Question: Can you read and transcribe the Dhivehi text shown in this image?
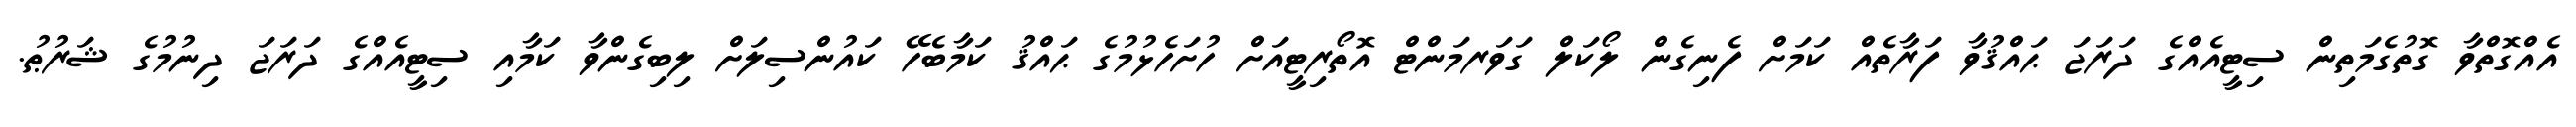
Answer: އެއްގޮތްވާ ގޮތުގެމަތިން ސިޓީއެއްގެ ދަރަޖަ ޙައްޤުވާ ފަރާތެއް ކަމަށް ފެނިގެން ލޯކަލް ގަވަރމަންޓް އޮތޯރިޓީއަށް ހުށަހެޅުމުގެ ޙައްޤު ކަމާބެހޭ ކައުންސިލަށް ލިބިގެންވާ ކަމާއި ސިޓީއެއްގެ ދަރަޖަ ދިނުމުގެ ޝަރުޠު.